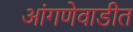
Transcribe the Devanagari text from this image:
आंगणेवाडीत